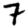
Digit: 7